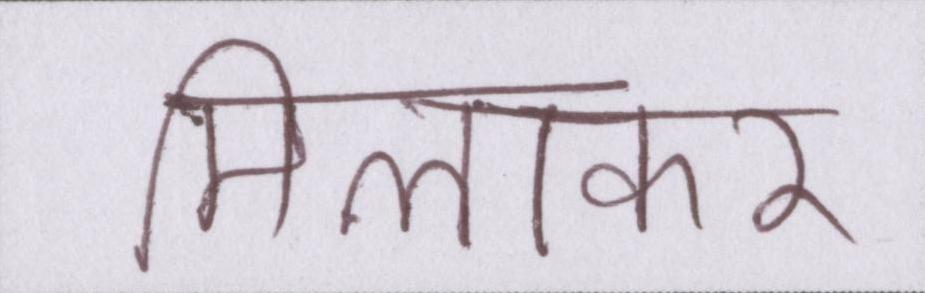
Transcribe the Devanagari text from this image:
मिलाकर